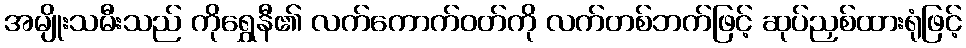
အမျိုးသမီးသည် ကိုရွှေနီ၏ လက်ကောက်ဝတ်ကို လက်တစ်ဘက်ဖြင့် ဆုပ်ညှစ်ထားရုံဖြင့်